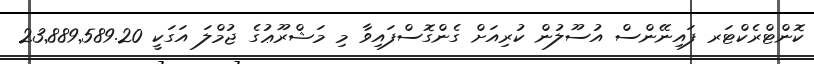
ކޮންޓްރެކްޓަރ ފައިނޭންސް އުސޫލުން ކުރިއަށް ގެންގޮސްފައިވާ މި މަޝްރޫޢުގެ ޖުމްލަ އަގަކީ 23